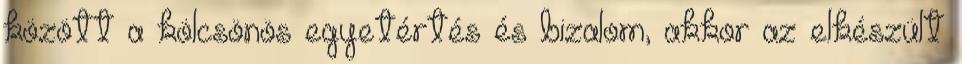
között a kölcsönös egyetértés és bizalom, akkor az elkészült